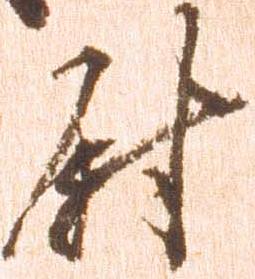
尉